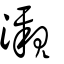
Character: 瀙